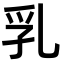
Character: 乳